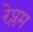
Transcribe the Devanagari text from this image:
रेप्लम